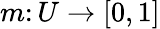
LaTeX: m\colon U\rightarrow[0,1]